Civil Veterinary Department Bengal reports 1923-33 - 1923-1933
Year: 1923
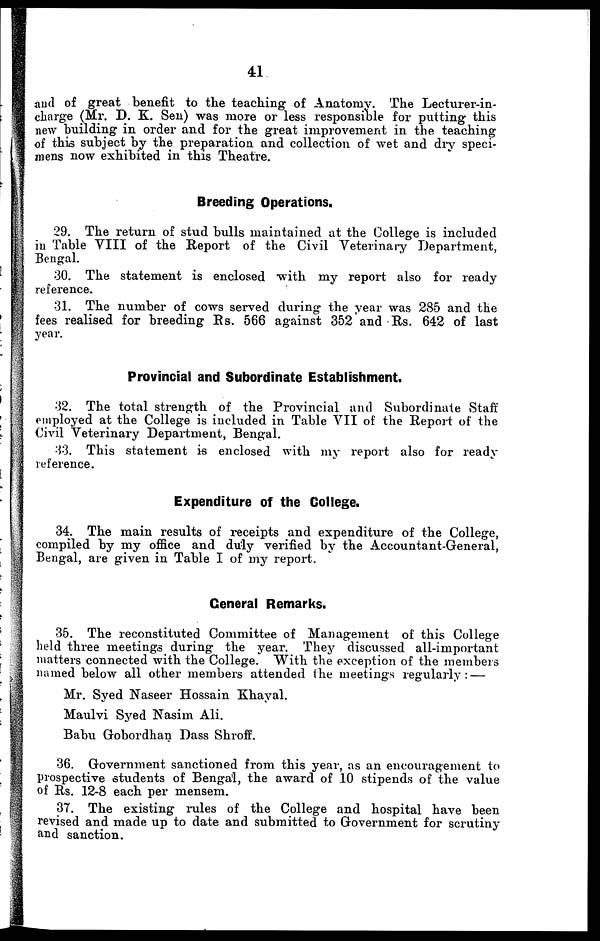
41
and of great benefit to the teaching of Anatomy. The Lecturer-in-
charge (Mr. D. K. Sen) was more or less responsible for putting this
new building in order and for the great improvement in the teaching
of this subject by the preparation and collection of wet and dry speci-
mens now exhibited in this Theatre.
Breeding Operations.
29. The return of stud bulls maintained at the College is included
in Table VIII of the Report of the Civil Veterinary Department,
Bengal.
30. The statement is enclosed with my report also for ready
reference.
31 The number of cows served during the year was 285 and the
fees realised for breeding Rs. 566 against 352 and Rs. 642 of last
year.
Provincial and Subordinate Establishment.
32. The total strength of the Provincial and Subordinate Staff
employed at the College is included in Table VII of the Report of the
Civil Veterinary Department, Bengal.
33. This statement is enclosed with my report also for ready
reference.
Expenditure of the College.
34. The main results of receipts and expenditure of the College,
compiled by my office and duly verified by the Accountant-General,
Bengal, are given in Table I of my report.
General Remarks.
35. The reconstituted Committee of Management of this College
held three meetings during the year. They discussed all-important
matters connected with the College. With the exception of the members
named below all other members attended the meetings regularly: —
Mr. Syed Naseer Hossain Khayal.
Maulvi Syed Nasim Ali.
Babu Gobordhan Dass Shroff.
36. Government sanctioned from this year, as an encouragement to
prospective students of Bengal, the award of 10 stipends of the value
of Rs. 12-8 each per mensem.
37. The existing rules of the College and hospital have been
revised and made up to date and submitted to Government for scrutiny
and sanction.